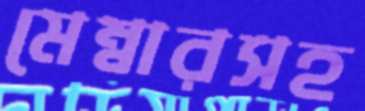
মেম্বারসহ